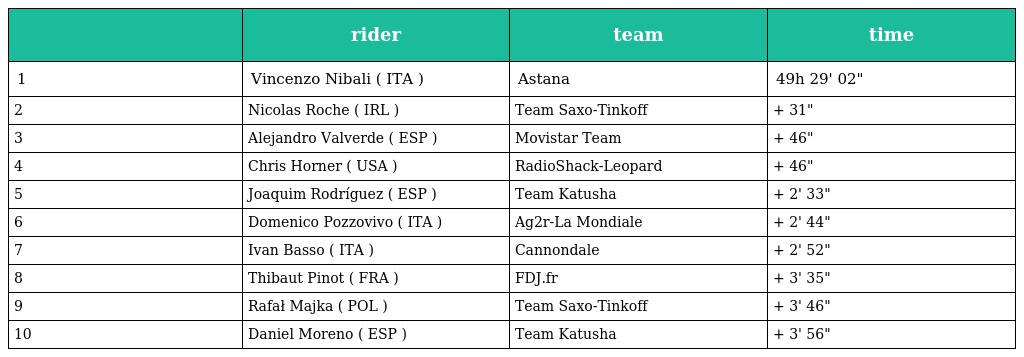
|  | rider | team | time |
 | --- | --- | --- | --- |
 | 1 | Vincenzo Nibali ( ITA ) | Astana | 49h 29' 02" |
 | 2 | Nicolas Roche ( IRL ) | Team Saxo-Tinkoff | + 31" |
 | 3 | Alejandro Valverde ( ESP ) | Movistar Team | + 46" |
 | 4 | Chris Horner ( USA ) | RadioShack-Leopard | + 46" |
 | 5 | Joaquim Rodríguez ( ESP ) | Team Katusha | + 2' 33" |
 | 6 | Domenico Pozzovivo ( ITA ) | Ag2r-La Mondiale | + 2' 44" |
 | 7 | Ivan Basso ( ITA ) | Cannondale | + 2' 52" |
 | 8 | Thibaut Pinot ( FRA ) | FDJ.fr | + 3' 35" |
 | 9 | Rafał Majka ( POL ) | Team Saxo-Tinkoff | + 3' 46" |
 | 10 | Daniel Moreno ( ESP ) | Team Katusha | + 3' 56" |